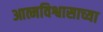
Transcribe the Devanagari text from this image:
आत्मविश्वासाच्या